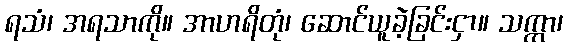
ရသံ၊ အရသာကို။ အာဟရိတုံ၊ ဆောင်ယူခဲ့ခြင်းငှာ။ သက္ကာ၊